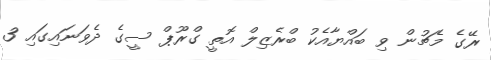
ރޭގެ މެޗުން ވި ބައްޔާއެކު ބްރެޒިލް އޮތީ ގްރޫޕް ސީގެ ދެވަނައިގައި 3